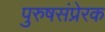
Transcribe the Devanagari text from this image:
पुरुषसंप्रेरक